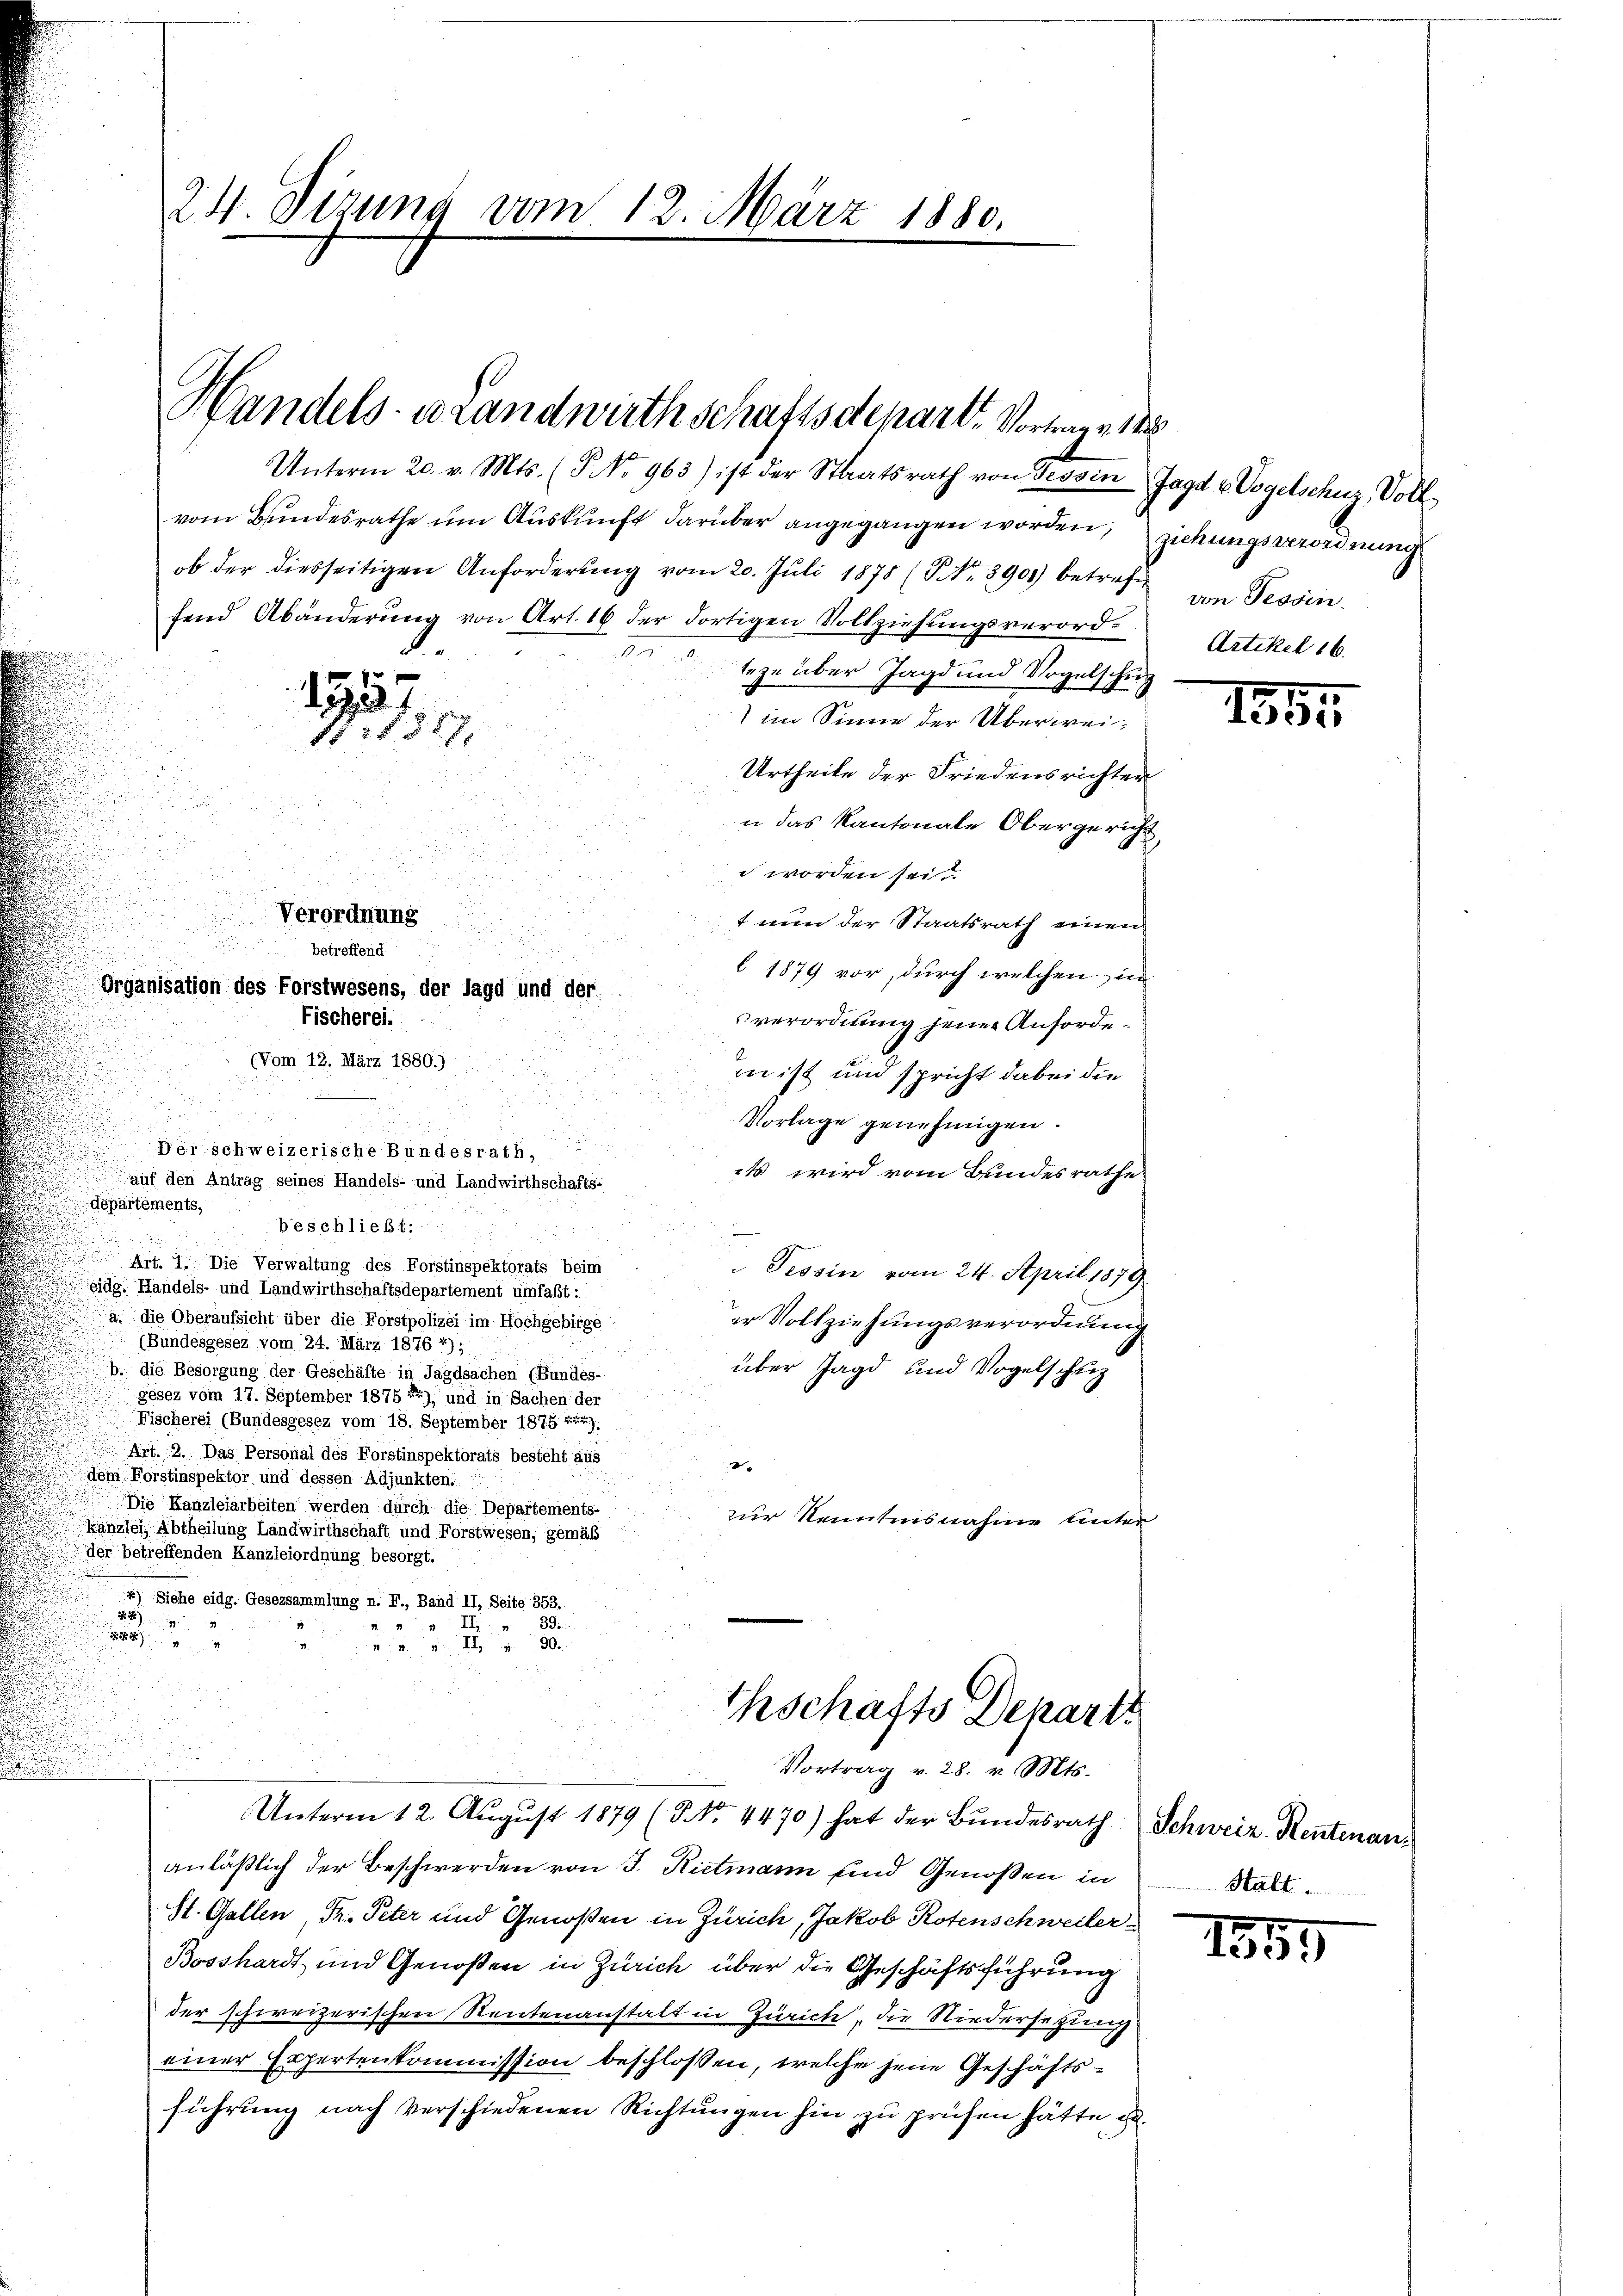
.

24. Dezung vom 12. März 1880.

1557

1:1827.

Verordnung

betreffend
Organisation des Forstwesens, der Jagd und der
Fischerei.
(Vom 12. März 1880.)

departements,
d
N 55)
39.
I

 I 80

Handels- Brandwirthschaftsdepart. Vortrage 18
Unterm 20. v. Mts. (T No 963) ist der Staatsrath von Tessin Jagd v Vogelschuz, Voll

vom Bundesrathe um Auskunft darüber angegangen worden, ziehungsverordnung
ob der diesseitigen Anforderung vom 20. Juli 1878 (NNo. 3901) betreff
fend Abänderung von Art. 16 der dortigen Vollziehungsverord¬
27
seze über Jagd und Vogelschup
im Sinne der Überwei¬
Urtheile der Friedensrichter
n das Kantonale Obergericht
 worden sei.
t nun der Staatsrath einen
l 1879 vor, durch welchen, in
sverordnung jener Anhörde.
in ist und spricht dabei die
Vorlage genehmigen.
Der schweizerische Bundesrath,
s wird vom Bundesrathe
auf den Antrag seines Handels- und Landwirthschafts-
beschließt:
 Art. 1. Die Verwaltung des Forstinspektorats beim
Tessin vom 24. April 1879
eidg. Handels- und Landwirthschaftsdepartement umfaßt:
a. die Oberaufsicht über die Forstpolizei im Hochgebirge
er Vollziehungsverordnung
(Bundesgesez vom 24. März 1876 *),
über Jagd und Vogelschup
b. die Besorgung der Geschäfte in Jagdsachen (Bundes-
gesez vom 17. September 1875 *), und in Sachen der
Fischerei (Bundesgesez vom 18. September 1875 774):
Art. 2. Das Personal des Forstinspektorats besteht aus
2
dem Forstinspektor und dessen Adjunkten:
Die Kanzleiarbeiten werden durch die Departements-
zur Kenntnisnahme unter
Kanzlei, Abtheilung Landwirthschaft und Forstwesen, gemäß
der betreffenden Kanzleiordnung besorgt.
4) Siehe eidg. Gesezsammlung n. F., Band II, Seite 353.

thschäfts Depart
Vortrag v. 28. v. Mts.

Unterm 12. August 1879 (NNo. 4470) hat der Bundesrath Schweiz. Rentenananläßlich der Beschwerden von J. Rietmann und Genoßen in
St. Gallen, Dr. Peter und Genoßen in Zürich, Jakob Rotenschweiler
Bosshardt und Genoßen in Zürich über die Geschäftsführung
der schweizerischen Rentenanstalt in Zürich, die Niedersetzung
einer Expertenkommission beschlossen, welche jene Geschäftsführung nach verschiedenen Richtungen hin zu prüfen hätte u.

von Tessin.
Artikel 16.

184

Halt.

1859